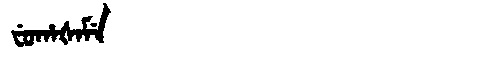
Manchu: ᠸᡠᡥᠠᡧᠠᠮᡝ
Romanization: FUHAŠAME